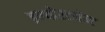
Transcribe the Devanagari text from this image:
इन्व्हेस्टमेन्ट